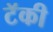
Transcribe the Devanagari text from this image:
टॅकी